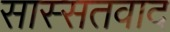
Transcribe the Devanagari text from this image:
सास्सतवाद